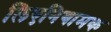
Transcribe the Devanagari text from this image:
लिएनियामक